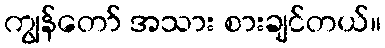
ကျွန်တော် အသား စားချင်တယ်။